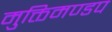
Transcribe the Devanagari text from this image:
मुक्तिमण्डप